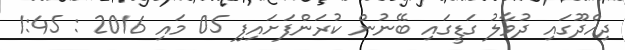
ދިއްދޫގައި ދުވާލު ގަޑީގައި ބޭނުން ކުރަންފަށައިފި 05 މައި 2016 : 1:45